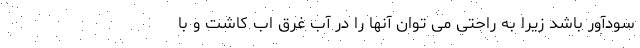
سودآور باشد زیرا به راحتی می توان آنها را در آب غرق اب کاشت و با